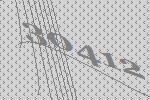
30412